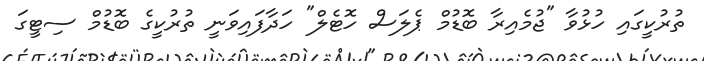
ތުރުކީގައި ހުޅުވާ "ޖުމެއިރާ ބޮޑުމް ޕެލަސް ހޮޓެލް" ހަދާފައިވަނީ ތުރުކީގެ ބޮޑުމް ސިޓީގަ